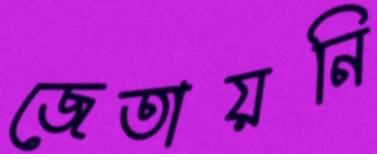
জেতায়নি